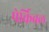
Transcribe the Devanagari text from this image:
पेर्किवल